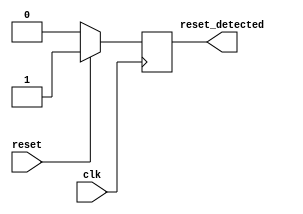
module synchronous_reset_detector (
    input wire clk,          // System clock signal
    input wire reset,        // Active high reset signal
    output reg reset_detected // Output indicating if reset is detected
);

// Synchronous Reset Detection Logic
always @(posedge clk) begin
    if (reset) begin
        reset_detected <= 1'b1; // Assert reset_detected high on reset
    end else begin
        reset_detected <= 1'b0; // Deassert reset_detected low when reset is not active
    end
end

endmodule